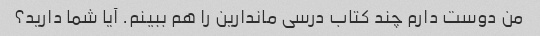
من دوست دارم چند کتاب درسی ماندارین را هم ببینم. آیا شما دارید؟